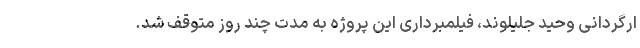
ارگردانی وحید جلیلوند، فیلمبرداری این پروژه به مدت چند روز متوقف شد.